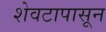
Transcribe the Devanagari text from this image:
शेवटापासून